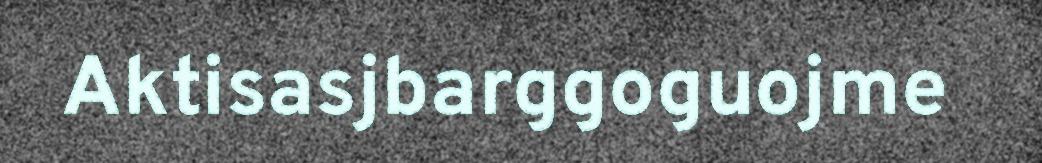
Aktisasjbarggoguojme